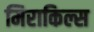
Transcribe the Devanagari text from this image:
मिराकिल्स